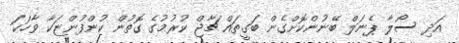
އަދި ސޯލާ ޕެނަލް ބޭނުންކޮށްގެން ބަގީތައް ޗާޖް ކުރުމުގެ ގޮތުން ކުންފުންޏަކާ ވާހަކަ